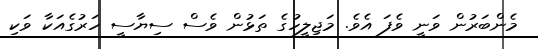
މެންބަރުން ވަނީ ވެފަ އެވެ. މަޖިލީހުގެ ތަޅުން ވެސް ސިޔާސީ ހަރުގެއަކާ ވަކި